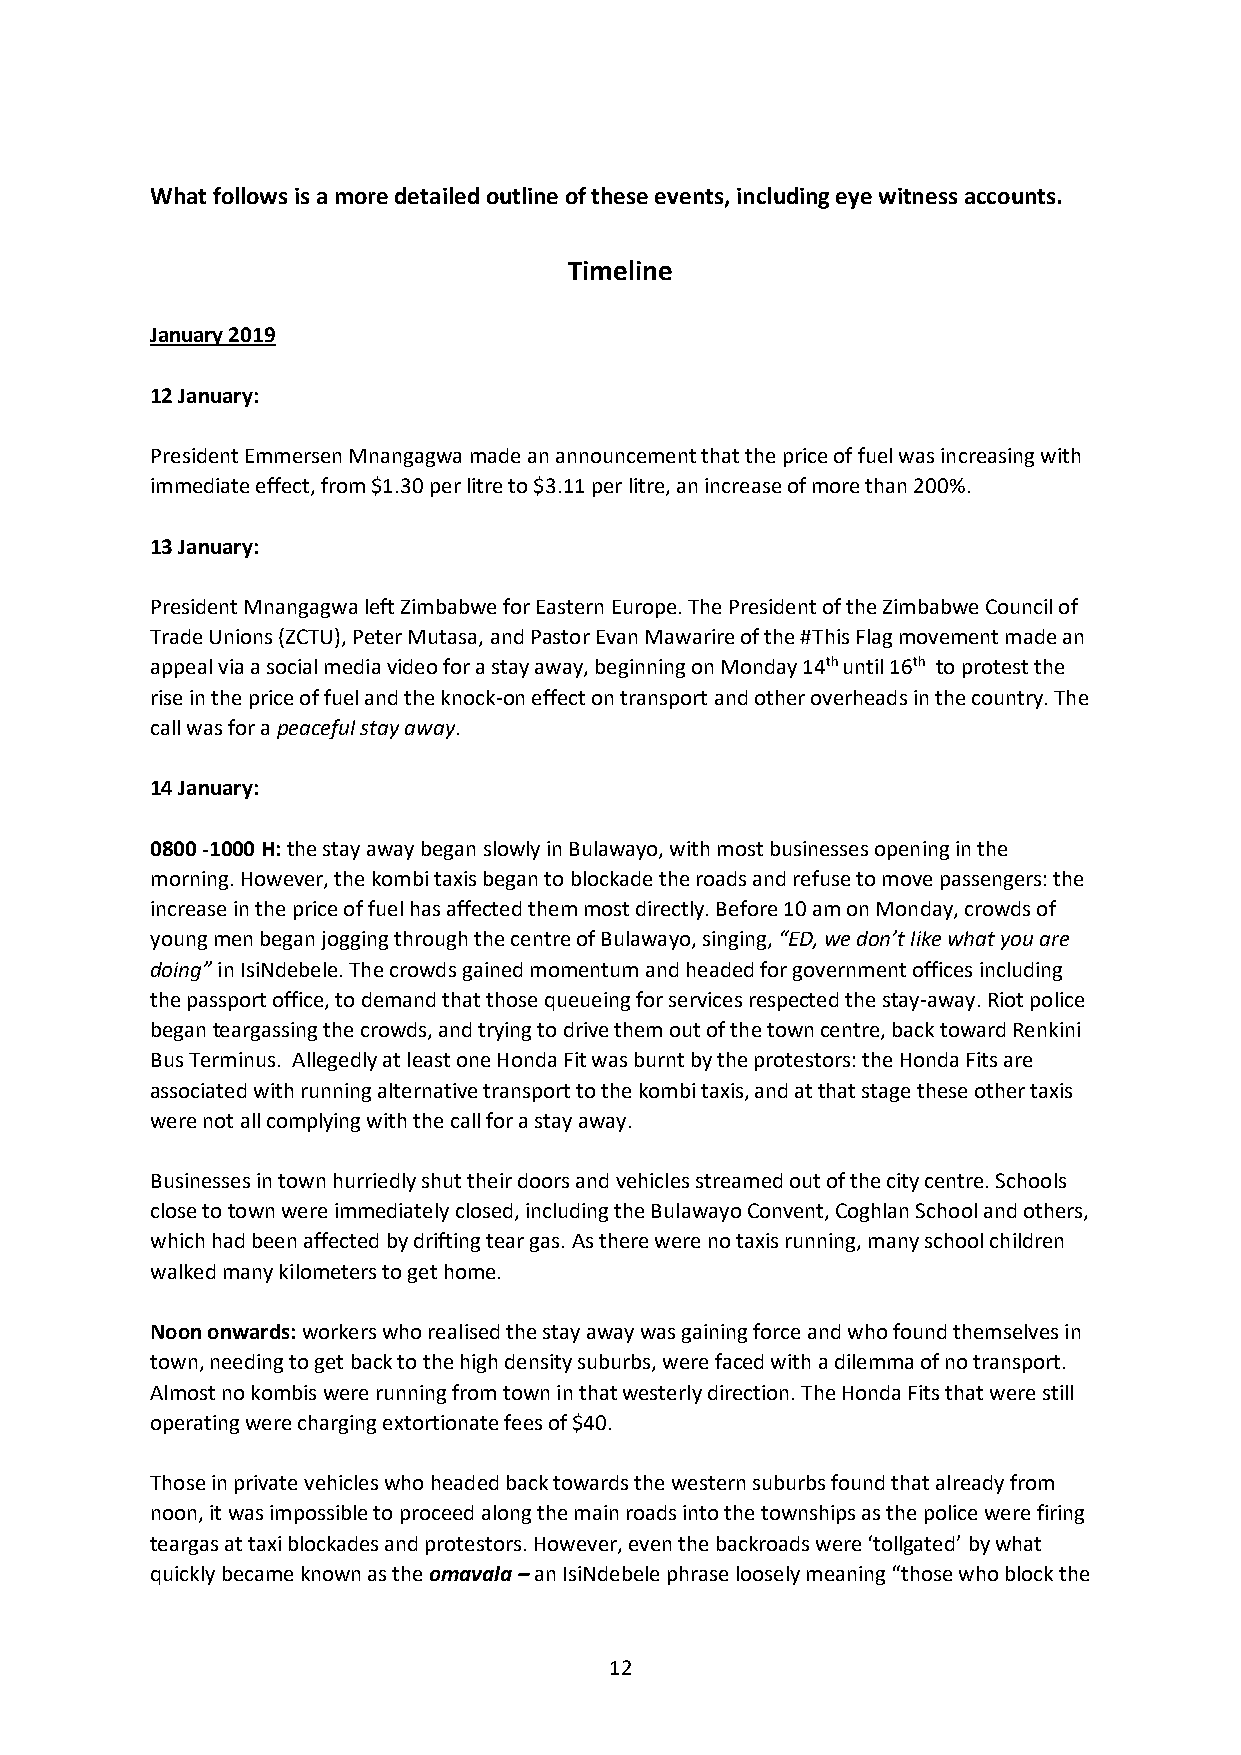
What follows is a more detailed outline of these events, including eye witness accounts.
 Timeline
 January 2019
 12 January:
 President Emmersen Mnangagwa made an announcement that the price of fuel was increasing with
 immediate effect, from $1.30 per litre to $3.11 per litre, an increase of more than 200%.
 13 January:
 President Mnangagwa left Zimbabwe for Eastern Europe. The President of the Zimbabwe Council of
 Trade Unions (ZCTU), Peter Mutasa, and Pastor Evan Mawarire of the #This Flag movement made an
 appeal via a social media video for a stay away, beginning on Monday 14th until 16th to protest the
 rise in the price of fuel and the knock-on effect on transport and other overheads in the country. The
 call was for a peaceful stay away.
 14 January:
 0800 -1000 H: the stay away began slowly in Bulawayo, with most businesses opening in the
 morning. However, the kombi taxis began to blockade the roads and refuse to move passengers: the
 increase in the price of fuel has affected them most directly. Before 10 am on Monday, crowds of
 young men began jogging through the centre of Bulawayo, singing, “ED, we don’t like what you are
 doing” in IsiNdebele. The crowds gained momentum and headed for government offices including
 the passport office, to demand that those queueing for services respected the stay-away. Riot police
 began teargassing the crowds, and trying to drive them out of the town centre, back toward Renkini
 Bus Terminus. Allegedly at least one Honda Fit was burnt by the protestors: the Honda Fits are
 associated with running alternative transport to the kombi taxis, and at that stage these other taxis
 were not all complying with the call for a stay away.
 Businesses in town hurriedly shut their doors and vehicles streamed out of the city centre. Schools
 close to town were immediately closed, including the Bulawayo Convent, Coghlan School and others,
 which had been affected by drifting tear gas. As there were no taxis running, many school children
 walked many kilometers to get home.
 Noon onwards: workers who realised the stay away was gaining force and who found themselves in
 town, needing to get back to the high density suburbs, were faced with a dilemma of no transport.
 Almost no kombis were running from town in that westerly direction. The Honda Fits that were still
 operating were charging extortionate fees of $40.
 Those in private vehicles who headed back towards the western suburbs found that already from
 noon, it was impossible to proceed along the main roads into the townships as the police were firing
 teargas at taxi blockades and protestors. However, even the backroads were ‘tollgated’ by what
 quickly became known as the omavala – an IsiNdebele phrase loosely meaning “those who block the
 12